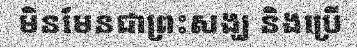
មិនមែនជាព្រះសង្ឃ និងប្រើ